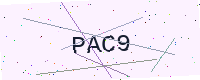
Text: PAC9